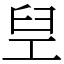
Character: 𬛸